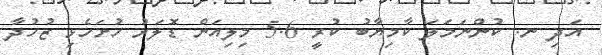
އަދި ނ. ކުންނަމަލަ ކާމިޔާބު ކުރީ 5.6 މިލިއަން ޑޮލަރު ހުށަހެޅި ޒުހުދާ